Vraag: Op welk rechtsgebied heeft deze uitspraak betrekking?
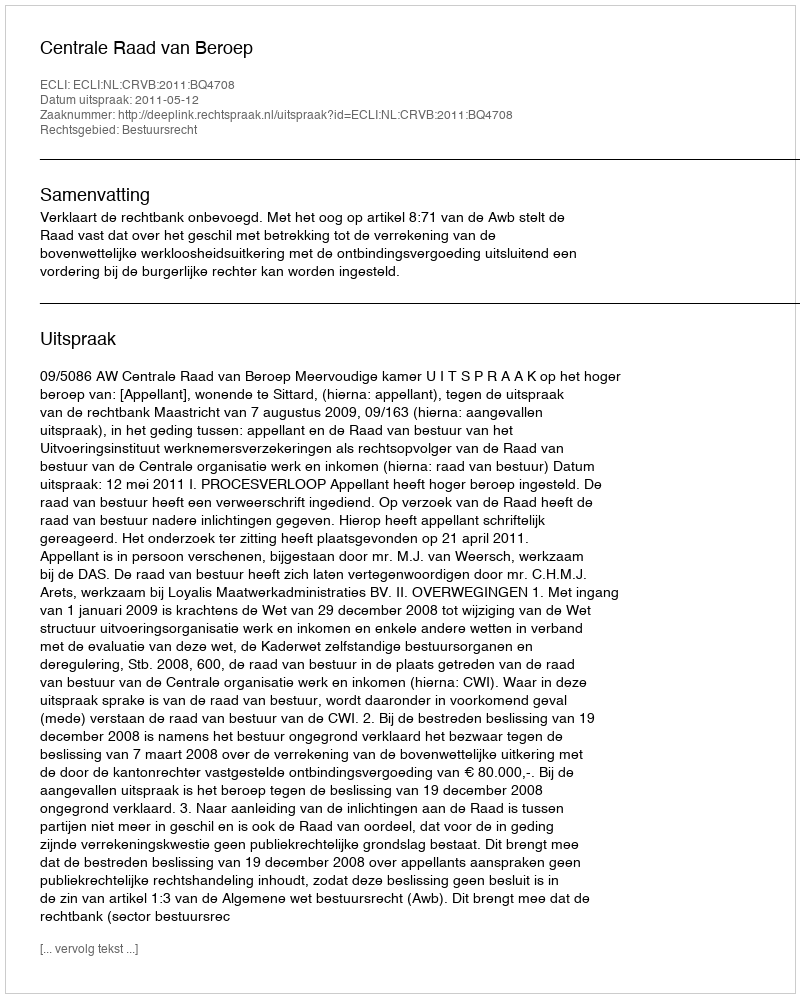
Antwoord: Bestuursrecht